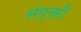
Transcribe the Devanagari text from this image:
संपृक्तौ